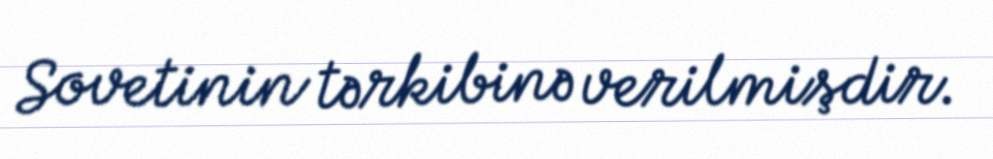
Sovetinin tərkibinə verilmişdir.